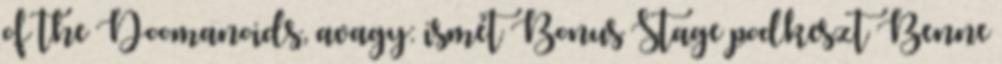
of the Doomanoids, avagy: ismét Bonus Stage podkeszt Benne